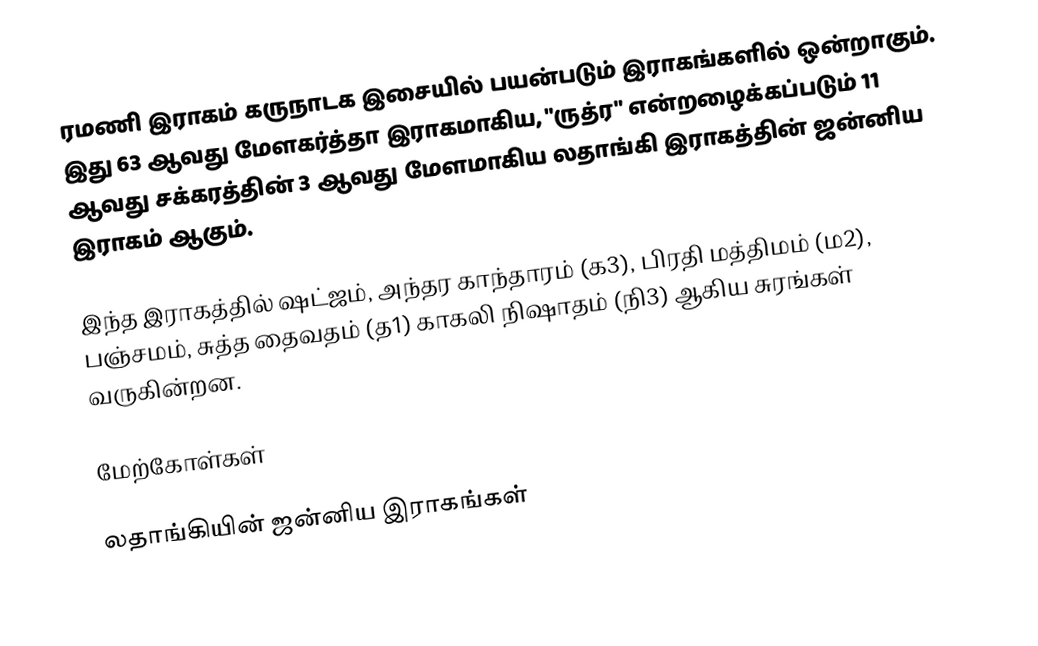
ரமணி இராகம் கருநாடக இசையில் பயன்படும் இராகங்களில் ஒன்றாகும். இது 63 ஆவது மேளகர்த்தா இராகமாகிய, "ருத்ர" என்றழைக்கப்படும் 11 ஆவது சக்கரத்தின் 3 ஆவது மேளமாகிய லதாங்கி இராகத்தின் ஜன்னிய இராகம் ஆகும்.

இந்த இராகத்தில் ஷட்ஜம், அந்தர காந்தாரம் (க3), பிரதி மத்திமம் (ம2), பஞ்சமம், சுத்த தைவதம் (த1) காகலி நிஷாதம் (நி3) ஆகிய சுரங்கள் வருகின்றன.

மேற்கோள்கள்

லதாங்கியின் ஜன்னிய இராகங்கள்